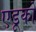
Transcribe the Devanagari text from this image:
एडूकों